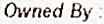
OWNED BY :